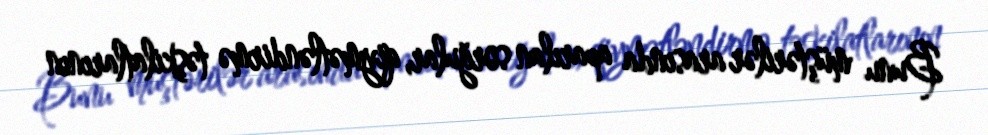
Bunu müştərilər arasında aparılan sorğular, qiymətləndirmə təşkilatlarının